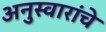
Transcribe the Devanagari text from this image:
अनुस्वारांचे